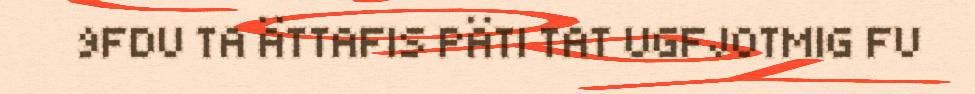
9FDU TA ÄTTAFIS PÄTI TAT UGFJOTMIG FU